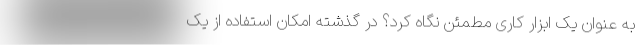
به عنوان یک ابزار کاری مطمئن نگاه کرد؟ در گذشته امکان استفاده از یک